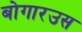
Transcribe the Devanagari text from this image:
बोगारउस